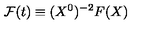
{ \cal F } ( t ) \equiv ( X ^ { 0 } ) ^ { - 2 } F ( X )